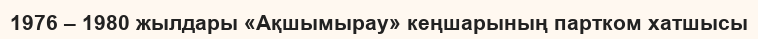
1976 – 1980 жылдары «Ақшымырау» кеңшарының партком хатшысы